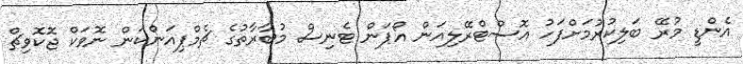
އެންޑީ މުރޭ ބަލިކުރުމަށްފަހު އޮސްޓްރޭލިއަން އޯޕަން ޓެނިސް މުބާރާތުގެ ޗެމްޕިއަންކަން ނޮވަކް ޖޮކޮވިޗް